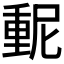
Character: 𫒃